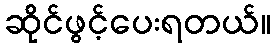
ဆိုင်ဖွင့်ပေးရတယ်။